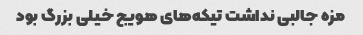
مزه جالبی نداشت تیکه‌های هویج خیلی بزرگ بود